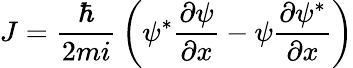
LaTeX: J={\frac{\hbar}{2mi}}\left(\psi^{*}{\frac{\partial\psi}{\partial x}}-\psi{\frac{\partial\psi^{*}}{\partial x}}\right)